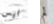
ليس لم